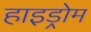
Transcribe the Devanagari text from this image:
हाइड्रोम